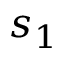
s _ { 1 }